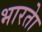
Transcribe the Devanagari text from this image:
भारताे